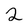
Character: 2